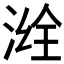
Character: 𣷒